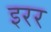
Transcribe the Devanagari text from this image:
इरर